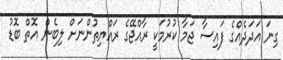
ގިނަ އަދަދެއްގެ ފައިސާ ޖަމާ ކުރުމަކީ ރާއްޖޭގެ ރައްޔިތުންނަށް ލިބެން އޮތް ބޮޑު